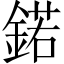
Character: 鍩